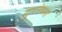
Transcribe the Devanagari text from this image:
युगनेमस्त